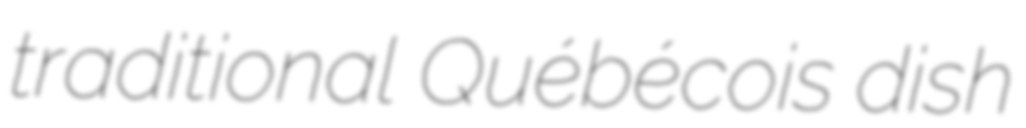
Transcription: traditional Québécois dish